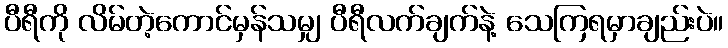
ပီရီကို လိမ်တဲ့ကောင်မှန်သမျှ ပီရီလက်ချက်နဲ့ သေကြရမှာချည်းပဲ။